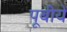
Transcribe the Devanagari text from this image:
पूबीये